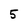
Character: 5